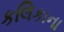
કલિકાના